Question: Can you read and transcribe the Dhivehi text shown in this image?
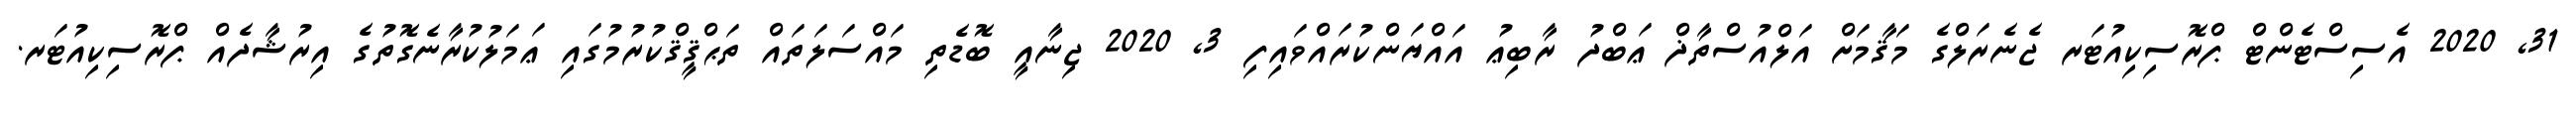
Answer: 31, 2020 އެސިސްޓެންޓް ޕްރޮސިކިއުޓަރ ޖެނެރަލްގެ މަޤާމަށް އަލްއުސްތާޛް ޢަބްދު ރާބިޢު އައްޔަންކުރައްވައިފި 3, 2020 ޖިނާއީ ބޮޑެތި މައްސަލަތައް ތަޙްޤީޤްކުރުމުގައި ޢަމަލުކުރާނެގޮތުގެ އިރުޝާދެއް ޕްރޮސިކިއުޓަރ.